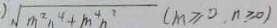
\sqrt { m ^ { 2 } n ^ { 4 } + m ^ { 4 } n ^ { 2 } } ( m \geq 0 , n \geq 0 )